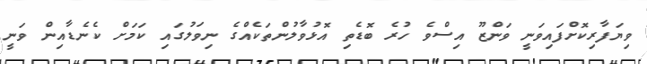
ވިޔަފާރިކޮށްފައިވަނީ ވަންޒޫ އިސްވެ ހުރެ ބޮޑެތި އޮޅުވާލުންތަކެއްގެ ނިވަލުގައި ކަމަށް ކެނެޑާއިން ވަނީ